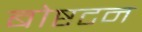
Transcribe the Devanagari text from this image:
बोष्टटन